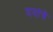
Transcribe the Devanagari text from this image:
ययांचें